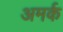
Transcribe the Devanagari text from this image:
अमर्क